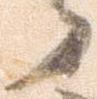
了